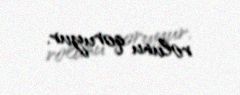
rolunu qoruyur.